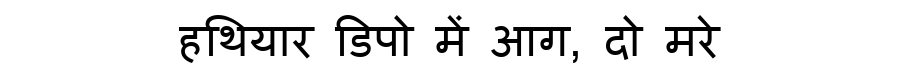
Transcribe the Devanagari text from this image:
हथियार डिपो में आग, दो मरे